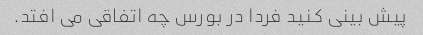
پیش بینی کنید فردا در بورس چه اتفاقی می افتد.